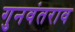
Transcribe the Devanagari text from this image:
गुनवंतराव